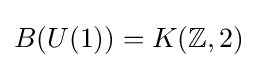
B(U(1))=K(\mathbb {Z} ,2)